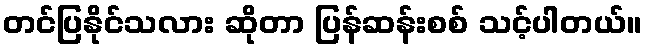
တင်ပြနိုင်သလား ဆိုတာ ပြန်ဆန်းစစ် သင့်ပါတယ်။